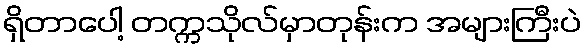
ရှိတာပေါ့ တက္ကသိုလ်မှာတုန်းက အများကြီးပဲ